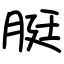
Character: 脡